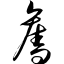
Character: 夺